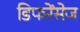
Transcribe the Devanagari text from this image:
डिफरेंसेज